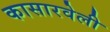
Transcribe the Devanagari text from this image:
कासारवेली